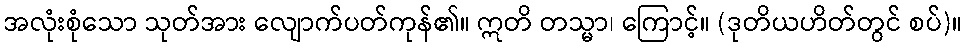
အလုံးစုံသော သုတ်အား လျောက်ပတ်ကုန်၏။ ဣတိ တသ္မာ၊ ကြောင့်။ (ဒုတိယဟိတ်တွင် စပ်)။